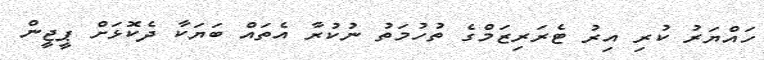
ހައްޔަރު ކުރި އިރު ޓެރަރިޒަމްގެ ތުހުމަތު ނުކުރާ އެތައް ބަޔަކާ ދެކޮޅަށް ޕީޖީން